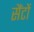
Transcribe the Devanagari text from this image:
सैंटों